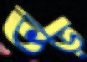
ভড়